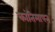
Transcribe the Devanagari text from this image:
कांतिमापन